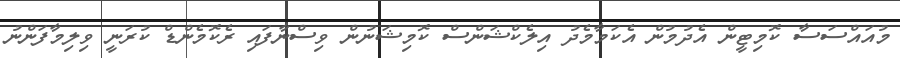
މުއައްސަސާ ކޮމިޓީން އެދުމުން އެކަމާމެދު އިލެކްޝަންސް ކޮމިޝަނުން ވިސްނާފައި ރެކޮމެންޑް ކުރަނީ ވިލިމާފަންނު